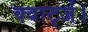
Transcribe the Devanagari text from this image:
क्वार्ट्ज।